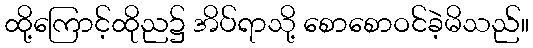
ထို့ကြောင့်ထိုည၌ အိပ်ရာသို့ စောစောဝင်ခဲ့မိသည်။